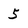
Character: 5